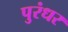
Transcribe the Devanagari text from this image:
पुरंधर